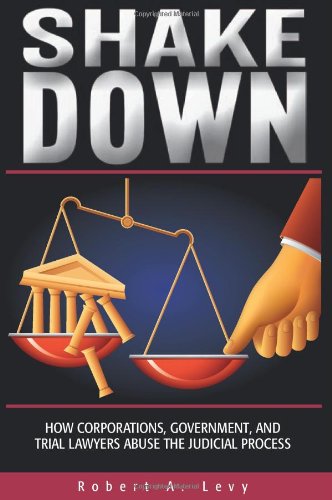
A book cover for Shakedown: How Corporations, Government, and Trial Lawyers Abuse the Judicial Process; Robert A. Levy; Law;